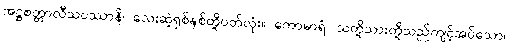
အဋ္ဌစတ္တာလီသဝဿာနိ၊ လေးဆဲ့ရှစ်နှစ်တို့ပတ်လုံး။ ကောမာရံ၊ သတို့သားတို့သည်ကျင့်အပ်သော။